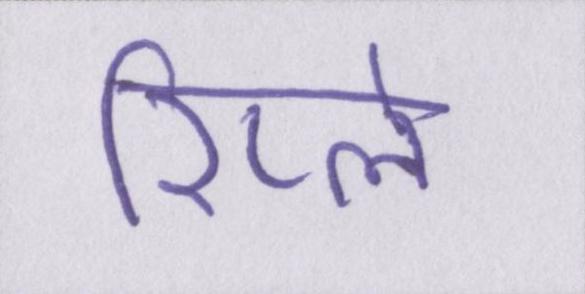
रिप्ले